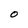
Character: 0